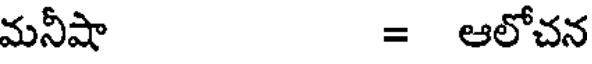
మనీషా = ఆలోచన